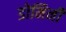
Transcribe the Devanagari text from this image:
डोमिनी